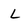
Character: L